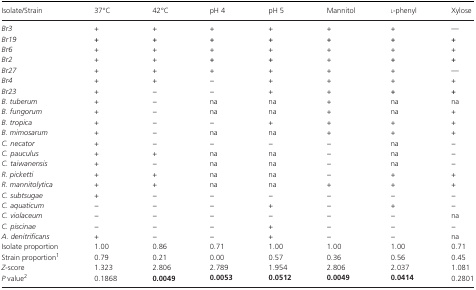
| Isolate/Strain | 37°C | 42°C | pH 4 | pH 5 | Mannitol | l‐phenyl | Xylose |
 | --- | --- | --- | --- | --- | --- | --- | --- |
 | Br3 | + | + | + | + | + | + | — |
 | Br19 | + | + | + | + | + | + | + |
 | Br6 | + | + | + | + | + | + | + |
 | Br2 | + | + | + | + | + | + | + |
 | Br27 | + | + | + | + | + | + | — |
 | Br4 | + | + | − | + | + | + | + |
 | Br23 | + | − | − | + | + | + | + |
 | B. tuberum | + | − | na | na | + | na | na |
 | B. fungorum | + | − | na | na | + | na | + |
 | B. tropica | + | − | − | + | + | + | + |
 | B. mimosarum | + | − | na | na | + | + | + |
 | C. necator | + | − | − | − | − | na | − |
 | C. pauculus | + | + | na | na | − | na | − |
 | C. taiwanensis | + | − | na | na | − | na | − |
 | R. picketti | + | + | na | na | − | + | + |
 | R. mannitolytica | + | + | na | na | + | + | + |
 | C. subtsugae | + | − | − | − | − | − | − |
 | C. aquaticum | − | − | − | + | − | + | − |
 | C. violaceum | − | − | − | − | − | − | na |
 | C. piscinae | − | − | − | + | − | − | − |
 | A. denitrificans | + | − | − | + | − | − | na |
 | Isolate proportion | 1.00 | 0.86 | 0.71 | 1.00 | 1.00 | 1.00 | 0.71 |
 | Strain proportiona | 0.79 | 0.21 | 0.00 | 0.57 | 0.36 | 0.56 | 0.45 |
 | Z‐score | 1.323 | 2.806 | 2.789 | 1.954 | 2.806 | 2.037 | 1.081 |
 | P valueb | 0.1868 | 0.0049 | 0.0053 | 0.0512 | 0.0049 | 0.0414 | 0.2801 |